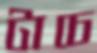
টাচে